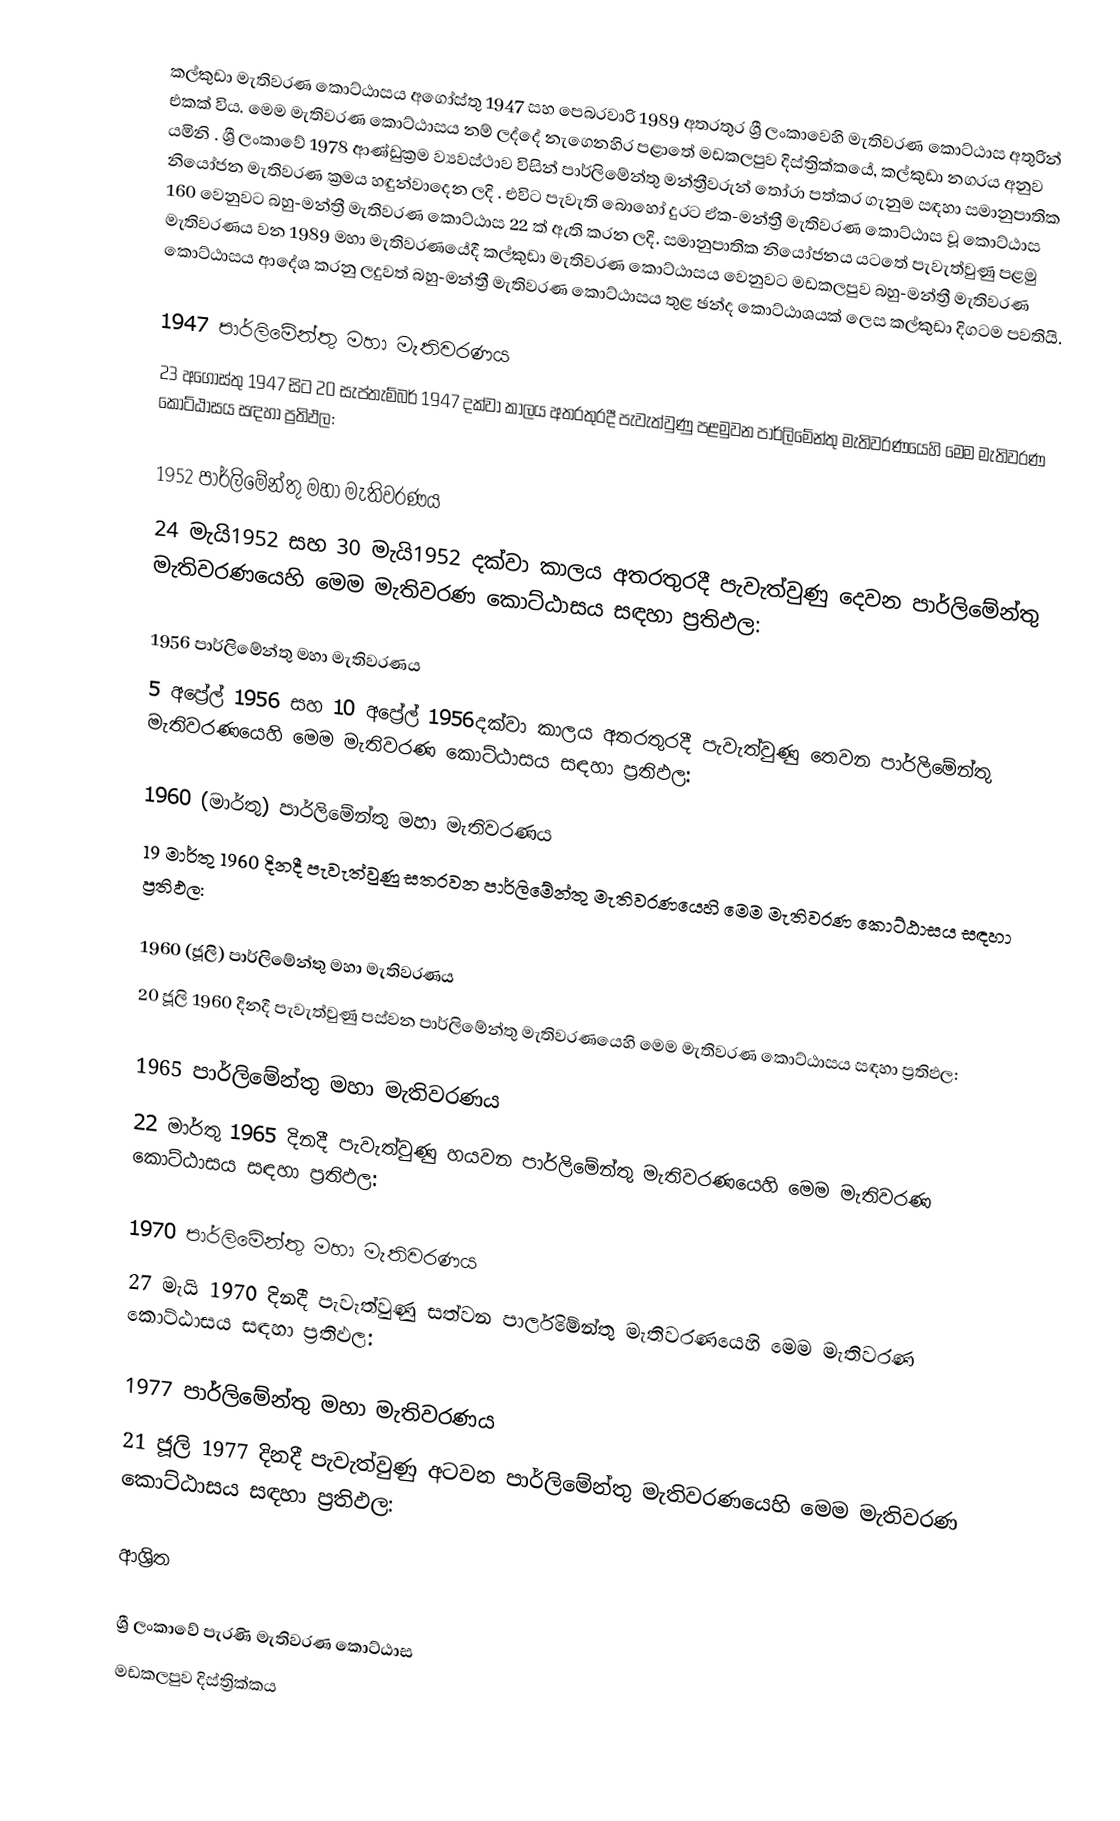
කල්කුඩා මැතිවරණ කොට්ඨාසය  අගෝස්තු 1947 සහ පෙබරවාරි 1989 අතරතුර  ශ්‍රී ලංකාවෙහි  මැතිවරණ කොට්ඨාස අතුරින් එකක් විය. මෙම මැතිවරණ කොට්ඨාසය නම් ලද්දේ  නැගෙනහිර පළාතේ  මඩකලපුව දිස්ත්‍රික්කයේ,  කල්කුඩා නගරය අනුව යමිනි . ශ්‍රී ලංකාවේ 1978 ආණ්ඩුක්‍රම ව්‍යවස්ථාව විසින්   පාර්ලිමේන්තු මන්ත්‍රීවරුන් තෝරා පත්කර ගැනුම සඳහා සමානුපාතික නියෝජන මැතිවරණ ක්‍රමය හඳුන්වාදෙන ලදි . එවිට පැවැති බොහෝ දුරට  ඒක-මන්ත්‍රී මැතිවරණ කොට්ඨාස වූ කොට්ඨාස 160 වෙනුවට බහු-මන්ත්‍රී මැතිවරණ කොට්ඨාස 22 ක් ඇති කරන ලදි. සමානුපාතික නියෝජනය යටතේ පැවැත්වුණු පළමු මැතිවරණය වන 1989 මහා මැතිවරණයේදී  කල්කුඩා මැතිවරණ කොට්ඨාසය වෙනුවට  මඩකලපුව බහු-මන්ත්‍රී මැතිවරණ කොට්ඨාසය  ආදේශ කරනු ලදුවත් බහු-මන්ත්‍රී මැතිවරණ කොට්ඨාසය තුළ ඡන්ද කොට්ඨාශයක් ලෙස කල්කුඩා දිගටම පවතියි.

1947 පාර්ලිමේන්තු මහා මැතිවරණය
23 අගෝස්තු 1947 සිට 20 සැප්තැම්බර් 1947 දක්වා කාලය අතරතුරදී පැවැත්වුණු  පළමුවන පාර්ලිමේන්තු මැතිවරණයෙහි මෙම මැතිවරණ කොට්ඨාසය සඳහා ප්‍රතිඵල:

1952 පාර්ලිමේන්තු මහා මැතිවරණය
24 මැයි1952 සහ 30 මැයි1952 දක්වා කාලය අතරතුරදී පැවැත්වුණු  දෙවන පාර්ලිමේන්තු මැතිවරණයෙහි මෙම මැතිවරණ කොට්ඨාසය සඳහා ප්‍රතිඵල:

1956 පාර්ලිමේන්තු මහා මැතිවරණය
5 අප්‍රේල් 1956 සහ 10 අප්‍රේල් 1956දක්වා කාලය අතරතුරදී පැවැත්වුණු  තෙවන පාර්ලිමේන්තු මැතිවරණයෙහි මෙම මැතිවරණ කොට්ඨාසය සඳහා ප්‍රතිඵල:

1960 (මාර්තු) පාර්ලිමේන්තු මහා මැතිවරණය
19 මාර්තු 1960 දිනදී පැවැත්වුණු  සතරවන පාර්ලිමේන්තු මැතිවරණයෙහි මෙම මැතිවරණ කොට්ඨාසය සඳහා ප්‍රතිඵල:

1960 (ජූලි) පාර්ලිමේන්තු මහා මැතිවරණය
20 ජූලි 1960 දිනදී පැවැත්වුණු  පස්වන පාර්ලිමේන්තු මැතිවරණයෙහි මෙම මැතිවරණ කොට්ඨාසය සඳහා ප්‍රතිඵල:

1965 පාර්ලිමේන්තු මහා මැතිවරණය
22 මාර්තු 1965  දිනදී පැවැත්වුණු  හයවන පාර්ලිමේන්තු මැතිවරණයෙහි මෙම මැතිවරණ කොට්ඨාසය සඳහා ප්‍රතිඵල:

1970 පාර්ලිමේන්තු මහා මැතිවරණය
27 මැයි 1970 දිනදී පැවැත්වුණු  සත්වන පාර්ලිමේන්තු මැතිවරණයෙහි මෙම මැතිවරණ කොට්ඨාසය සඳහා ප්‍රතිඵල:

1977 පාර්ලිමේන්තු මහා මැතිවරණය
21 ජූලි 1977 දිනදී පැවැත්වුණු  අටවන පාර්ලිමේන්තු මැතිවරණයෙහි මෙම මැතිවරණ කොට්ඨාසය සඳහා ප්‍රතිඵල:

ආශ්‍රිත

ශ්‍රී ලංකාවේ පැරණි මැතිවරණ කොට්ඨාස
මඩකලපුව දිස්ත්‍රික්කය